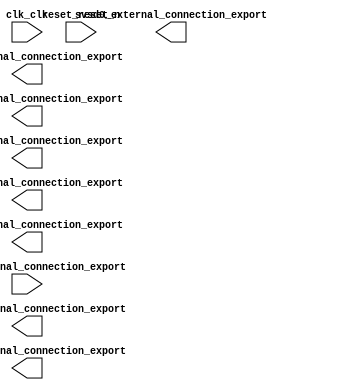

module sistema (
	button_external_connection_export,
	buzzer_external_connection_export,
	clk_clk,
	reset_reset_n,
	svsd0_external_connection_export,
	svsd1_external_connection_export,
	svsd2_external_connection_export,
	svsd3_external_connection_export,
	svsd4_external_connection_export,
	svsd5_external_connection_export,
	switch_external_connection_export);	

	input	[3:0]	button_external_connection_export;
	output	[9:0]	buzzer_external_connection_export;
	input		clk_clk;
	input		reset_reset_n;
	output	[3:0]	svsd0_external_connection_export;
	output	[3:0]	svsd1_external_connection_export;
	output	[3:0]	svsd2_external_connection_export;
	output	[3:0]	svsd3_external_connection_export;
	output	[3:0]	svsd4_external_connection_export;
	output	[3:0]	svsd5_external_connection_export;
	output	[7:0]	switch_external_connection_export;
endmodule